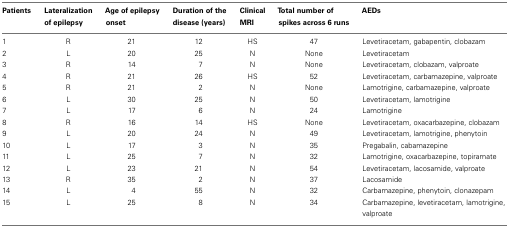
<table><thead><tr><td><b>Patients</b></td><td><b>Lateralization of epilepsy</b></td><td><b>Age of epilepsy onset</b></td><td><b>Duration of the disease (years)</b></td><td><b>Clinical MRI</b></td><td><b>Total number of spikes across 6 runs</b></td><td><b>AEDs</b></td></tr></thead><tbody><tr><td>1</td><td>R</td><td>21</td><td>12</td><td>HS</td><td>47</td><td>Levetiracetam, gabapentin, clobazam</td></tr><tr><td>2</td><td>L</td><td>20</td><td>25</td><td>N</td><td>None</td><td>Levetiracetam</td></tr><tr><td>3</td><td>R</td><td>14</td><td>7</td><td>N</td><td>None</td><td>Levetiracetam, clobazam, valproate</td></tr><tr><td>4</td><td>R</td><td>21</td><td>26</td><td>HS</td><td>52</td><td>Levetiracetam, carbamazepine, valproate</td></tr><tr><td>5</td><td>R</td><td>21</td><td>2</td><td>N</td><td>None</td><td>Lamotrigine, carbamazepine, valproate</td></tr><tr><td>6</td><td>L</td><td>30</td><td>25</td><td>N</td><td>50</td><td>Levetiracetam, lamotrigine</td></tr><tr><td>7</td><td>L</td><td>17</td><td>6</td><td>N</td><td>24</td><td>Lamotrigine</td></tr><tr><td>8</td><td>R</td><td>16</td><td>14</td><td>HS</td><td>None</td><td>Levetiracetam, oxacarbazepine, clobazam</td></tr><tr><td>9</td><td>L</td><td>20</td><td>24</td><td>N</td><td>49</td><td>Levetiracetam, lamotrigine, phenytoin</td></tr><tr><td>10</td><td>L</td><td>17</td><td>3</td><td>N</td><td>35</td><td>Pregabalin, cabamazepine</td></tr><tr><td>11</td><td>L</td><td>25</td><td>7</td><td>N</td><td>32</td><td>Lamotrigine, oxacarbazepine, topiramate</td></tr><tr><td>12</td><td>L</td><td>23</td><td>21</td><td>N</td><td>54</td><td>Levetiracetam, lacosamide, valproate</td></tr><tr><td>13</td><td>R</td><td>35</td><td>2</td><td>N</td><td>37</td><td>Lacosamide</td></tr><tr><td>14</td><td>L</td><td>4</td><td>55</td><td>N</td><td>32</td><td>Carbamazepine, phenytoin, clonazepam</td></tr><tr><td>15</td><td>L</td><td>25</td><td>8</td><td>N</td><td>34</td><td>Carbamazepine, levetiracetam, lamotrigine, valproate</td></tr></tbody></table>